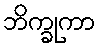
ဘိက္ခုကာ